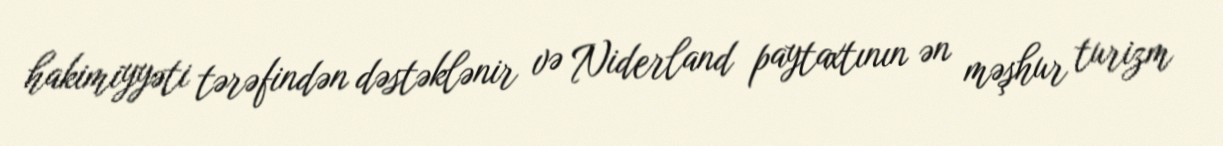
hakimiyyəti tərəfindən dəstəklənir və Niderland paytaxtının ən məşhur turizm